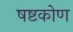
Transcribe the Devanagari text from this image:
षष्टकोण